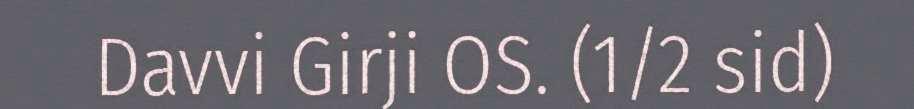
Davvi Girji OS. (1/2 sid)